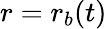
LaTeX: r=r_{b}(t)